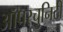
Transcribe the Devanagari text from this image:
ऑपरचुनिटी